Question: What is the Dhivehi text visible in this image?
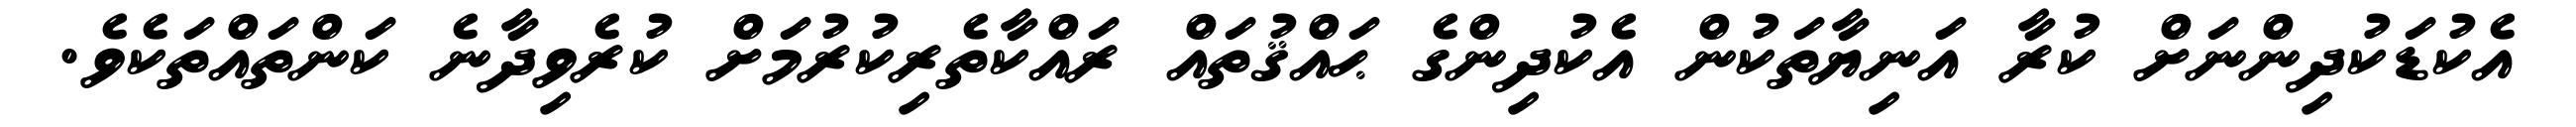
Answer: އެކުޑަކުދިންނަށް ކުރާ އަނިޔާތަކުން އެކުދިންގެ ޙައްޤުތައް ރައްކާތެރިކުރުމަށް ކުރެވިދާނެ ކަންތައްތަކެވެ.